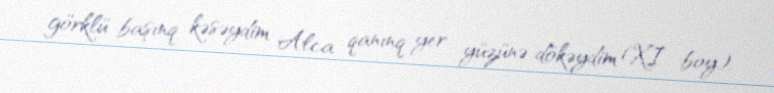
görklü başınq kəsəydim Alca qanınq yer yüzünə dökəydim (XI boy).